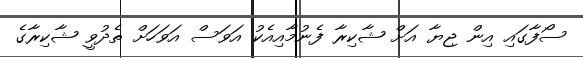
ސޯފާގައި އިން ޖިޔާ އަށް ޝާކިރާ ފެނުމާއިއެކު އަވަސް އަވަހަށް ތެދުވީ ޝާކިރާގެ